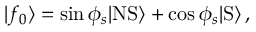
| f _ { 0 } \rangle = \sin \phi _ { s } | \mathrm { N S } \rangle + \cos \phi _ { s } | \mathrm { S } \rangle \, ,